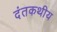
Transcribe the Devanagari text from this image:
दंतकथीय